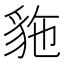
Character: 𲂥